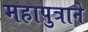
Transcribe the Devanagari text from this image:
महापुत्राने